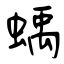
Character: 蝺